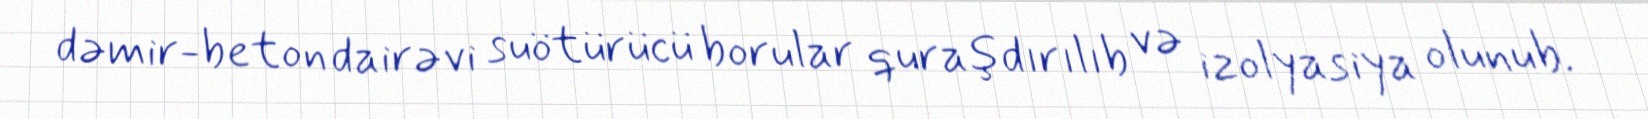
dəmir-beton dairəvi suötürücü borular quraşdırılıb və izolyasiya olunub.